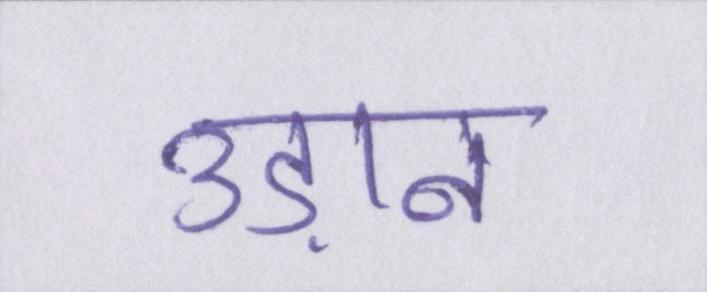
उड़ान